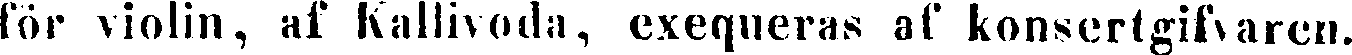
för violin, af Kallivoda, exequeras af konsertgifvaren.